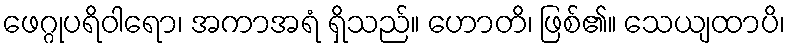
ဖေဂ္ဂုပရိဝါရော၊ အကာအရံ ရှိသည်။ ဟောတိ၊ ဖြစ်၏။ သေယျထာပိ၊